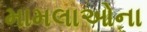
મામલાઓના